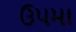
ઉપમા